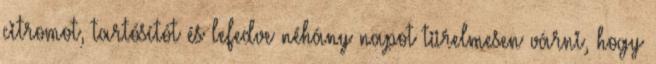
citromot, tartósítót és lefedve néhány napot türelmesen várni, hogy